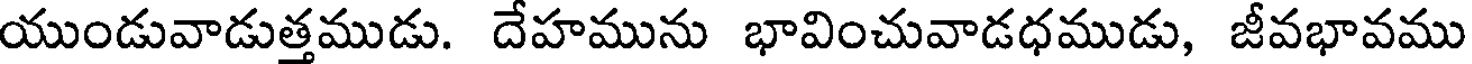
యుండువాడుత్తముడు. దేహమును భావించువాడధముడు, జీవభావము